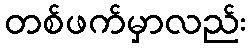
တစ်ဖက်မှာလည်း